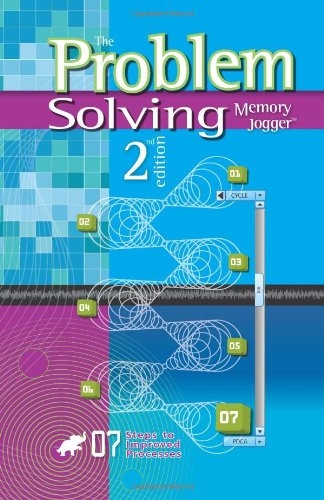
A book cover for The Problem Solving Memory Jogger 2nd Edition; Michael Brassard; Business & Money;